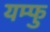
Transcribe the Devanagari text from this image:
यम्फु